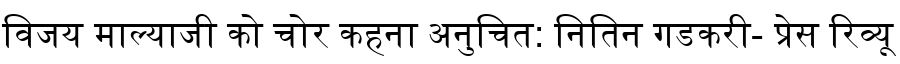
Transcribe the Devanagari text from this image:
विजय माल्याजी को चोर कहना अनुचित: नितिन गडकरी- प्रेस रिव्यू